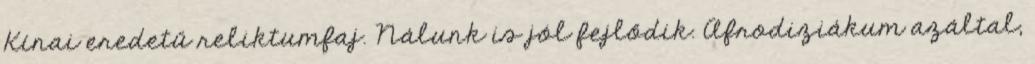
Kínai eredetű reliktumfaj. Nálunk is jól fejlődik. Afrodiziákum azáltal,